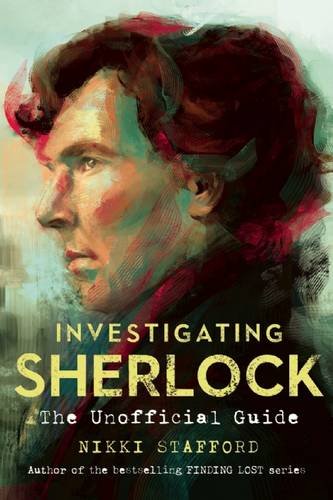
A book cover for Investigating Sherlock: An Unofficial Guide; Nikki Stafford; Humor & Entertainment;